V__Kingissepa_nim__kolhoos, lk 36
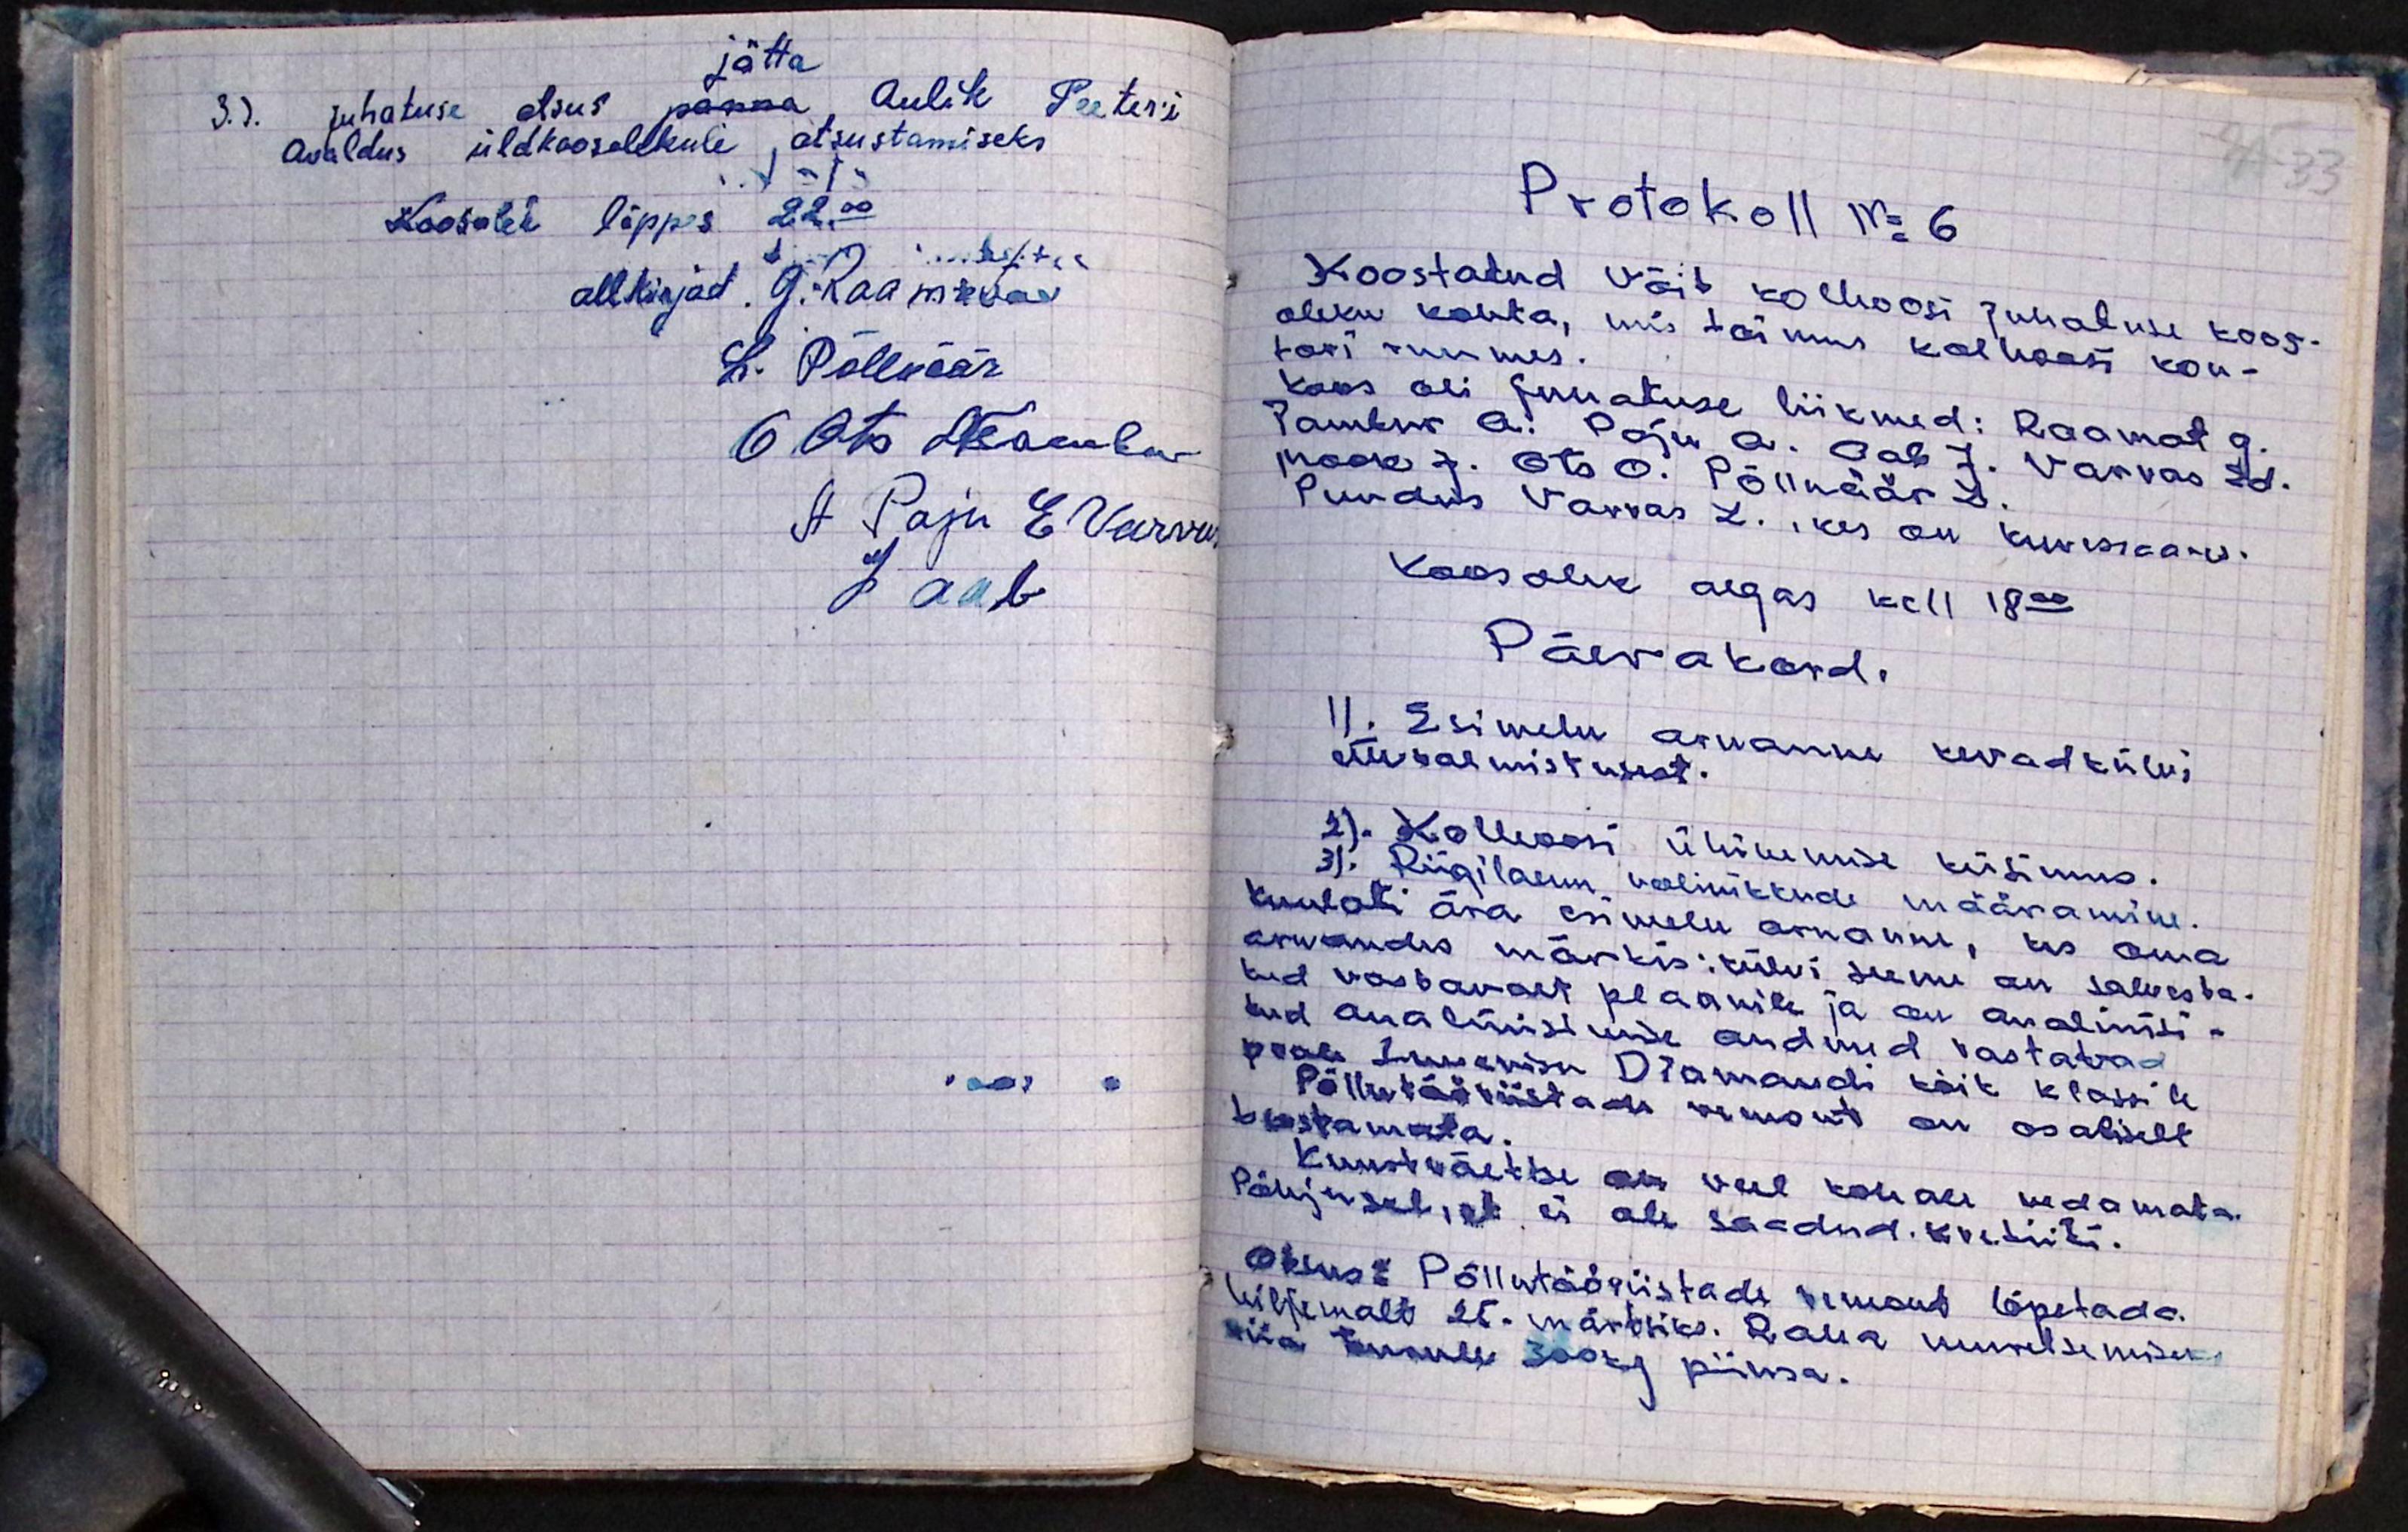
jätta
3.). juhatuse otsus panna Aulik Peeter'i
Avaldus üldkoosolekule otsustamiseks
Vaja
Koosolek lõppes 22.00
allkirjad. G. Raametsas
L. Põlluäär
O. Ots ATambur
A Paju E. Varvas
J Aab

Protokoll No 6
Koostatud Võit kolhoosi juhatuse koos
oleku kohta, mis toimus kolhoosi kon-
tori ruumes.
Koos oli juhatuse liikmed: Raamat G.
Tambur A. Paju A. Aab J. Varvas Ed.
Mook J. Ots O. Põlluäär L.
Puudus Varvas L., kes on Kuresaares.
Koosolek algas kell 18.00
Päevakord.
1). Esimehe aruanne kevadkülvi
ettevalmistusest.
2). Kolhoosi ühinemise küsimus.
3) Riigilaenu volinikude määramine.
Kuulati ära esimehe aruanne, kes oma
aruandes märkis: külvi seeme on salvesta-
tud vastavalt plaanile ja on analüüsi-
tud analüüsimise andmed vastavad
peale Suvenisu Diamandi kõik klassile
Põllutööriistade remont on osaliselt
teostamata.
Kunstväetise on veel kohale vedamata.
Põhjusel, et, ei ole saadud. kretiiti.
Otsus: Põllutööriistade remont lõpetada.
hiljemalt 25. märtsiks. Raua muretsemiseks
viia temale 300 kg piima.